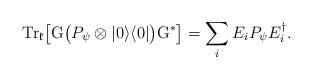
LaTeX: \begin{align*}\textrm{Tr}_{\mathfrak{k}}\big[\mathrm{G}\big(P_\psi\otimes|0\rangle\langle 0|\big)\mathrm{G}^\ast\big]= \sum_iE_iP_\psi E_i^\dag.\end{align*}